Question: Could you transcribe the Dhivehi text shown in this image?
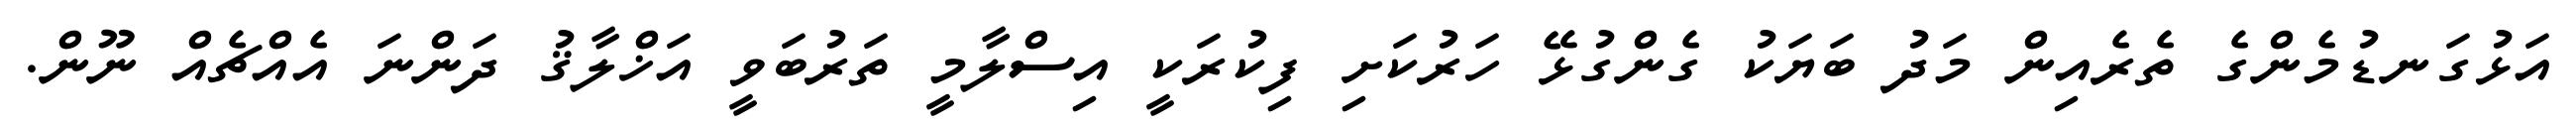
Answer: އަޅުގަނޑުމެންގެ ތެރެއިން މަދު ބަޔަކު ގެންގުޅޭ ހަރުކަށި ފިކުރަކީ އިސްލާމީ ތަރުބަވީ އަޚްލާޤު ދަންނަ އެއްޗެއް ނޫން.